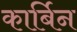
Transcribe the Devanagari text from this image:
कार्बिन